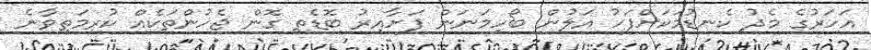
އަހަރުގެ މެދު ކެނޑުމަކަށްފަހު އަލުން ބޯހިމަނަން ފަށާއިރު ބޮޑެތި ގޮން ޖެހުންތަކެއް ކުރިމަތިވާނެ